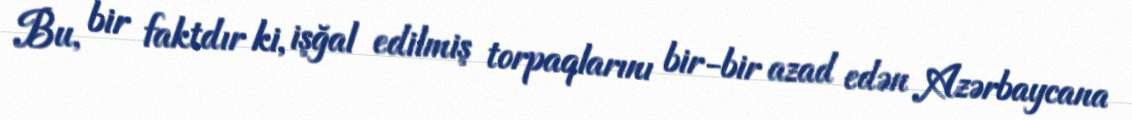
Bu, bir faktdır ki, işğal edilmiş torpaqlarını bir-bir azad edən Azərbaycana